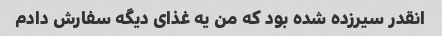
انقدر سیر‌زده شده بود که من یه غذای دیگه سفارش دادم